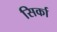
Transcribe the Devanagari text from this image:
सिर्का